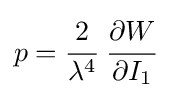
p={\cfrac {2}{\lambda ^{4}}}~{\cfrac {\partial W}{\partial I_{1}}}~